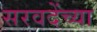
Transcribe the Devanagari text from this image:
सरवदेंच्या